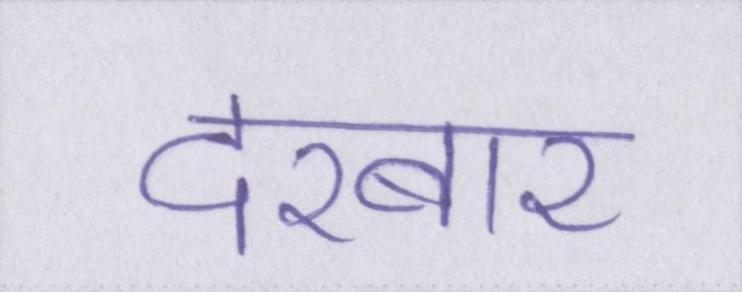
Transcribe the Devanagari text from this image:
दरबार